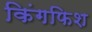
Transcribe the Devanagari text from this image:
किंगफिश